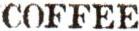
COFFEE